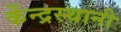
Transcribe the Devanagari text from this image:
केंन्द्रस्थानी